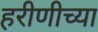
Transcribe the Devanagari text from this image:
हरीणीच्या